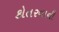
કોતરવાની